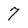
Character: 7